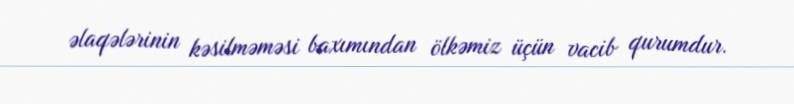
əlaqələrinin kəsilməməsi baxımından ölkəmiz üçün vacib qurumdur.